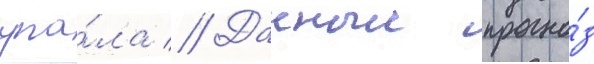
упа́ла // Данныи прогно́з